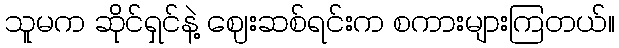
သူမက ဆိုင်ရှင်နဲ့ ဈေးဆစ်ရင်းက စကားများကြတယ်။